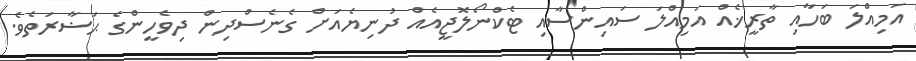
އަމިއްލަ ބަހާއި ތާރީޚެއް އަމިއްލަ ސައިންސާއި ޓެކްނޯލޮޖީއެއް ދުނިޔެއަށް ގެނެސްދިން ދިވެހީންގެ ޙަޟާރަތެވެ.